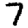
Digit: 7